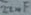
Text: 22nF